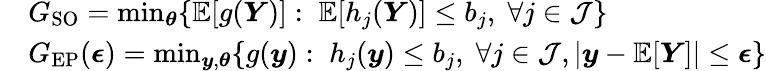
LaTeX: \begin{array}{rl}&{G_{\mathrm{SO}}=\operatorname*{min}_{\boldsymbol{\theta}}\{ \mathbb{E}[g(\boldsymbol{Y})]:\; \mathbb{E}[h_{j}(\boldsymbol{Y})]\leq{b}_{j},\; \forall j\in\mathcal{J}\} }\\ &{G_{\mathrm{EP}}(\boldsymbol{\epsilon})=\operatorname*{min}_{\boldsymbol{y},\boldsymbol{\theta}}\{ g(\boldsymbol{y}):\; h_{j}(\boldsymbol{y})\leq{b}_{j},\; \forall j\in\mathcal{J},|{\boldsymbol{y}}-\mathbb{E}[\boldsymbol{Y}]|\leq\boldsymbol{\epsilon}\} }\end{array}